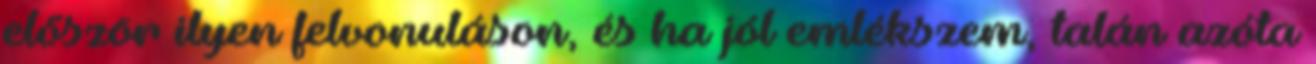
először ilyen felvonuláson, és ha jól emlékszem, talán azóta